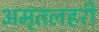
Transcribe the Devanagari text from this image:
अमृतलहरी